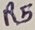
Text: R5